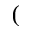
(